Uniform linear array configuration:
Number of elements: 12
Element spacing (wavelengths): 0.5
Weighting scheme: blackman
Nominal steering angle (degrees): -60
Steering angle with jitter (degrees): -58.845
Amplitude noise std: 0.05
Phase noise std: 0.05

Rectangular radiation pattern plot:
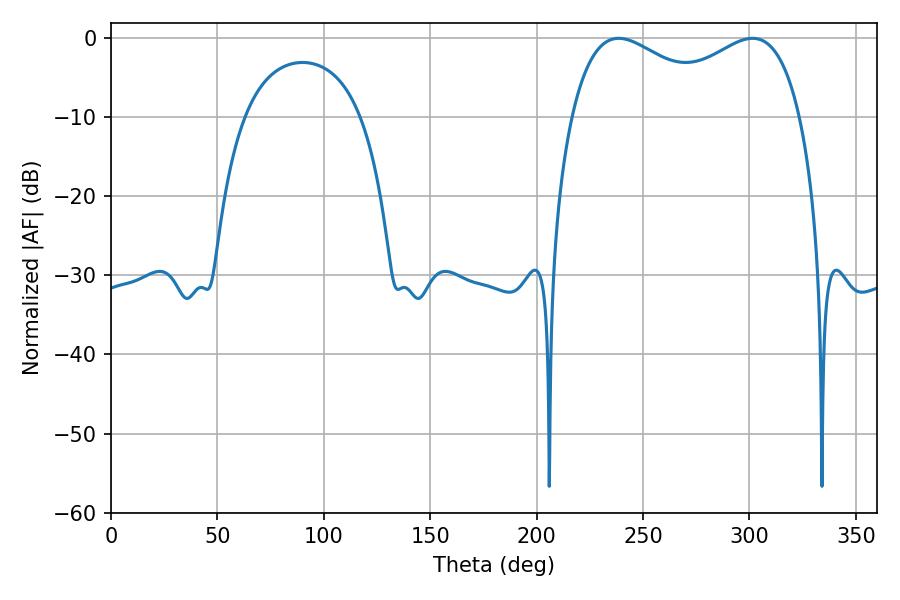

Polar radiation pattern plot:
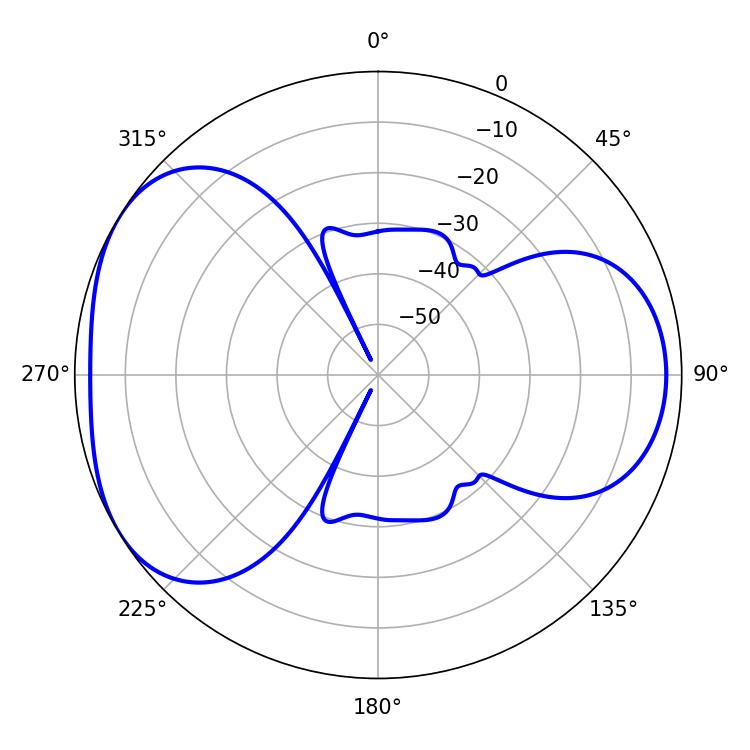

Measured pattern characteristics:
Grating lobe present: FALSE
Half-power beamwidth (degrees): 42.3
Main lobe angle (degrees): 301.5